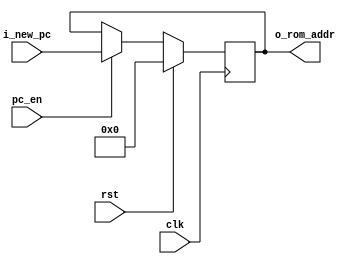
`timescale 1ns / 1ps
//////////////////////////////////////////////////////////////////////////////////
// Company: 
// Engineer: 
// 
// Design Name: 
// Module Name: pc
// Project Name: 
// Target Devices: 
// Tool Versions: 
// Description: 
// 
// Dependencies: 
// 
// Revision:
// Revision 0.01 - File Created
// Additional Comments:
// 
//////////////////////////////////////////////////////////////////////////////////


module pc #(
    parameter PC_SIZE = 11
    )
    (
    output  [PC_SIZE-1:0] o_rom_addr,
    input clk,
    input rst,
    input pc_en,
    input [PC_SIZE-1:0] i_new_pc
    );
    
    reg [PC_SIZE-1:0] pc_value, pc_new_value;
    
    always @ (posedge clk)
    begin
        if (rst)
            pc_value <= 0;
        else
            pc_value <= pc_new_value;
    end
    
    always @*
    begin
        if (pc_en)
            pc_new_value = i_new_pc;
            
        else
            pc_new_value = pc_value;
    end
    
    assign o_rom_addr = pc_value;
endmodule